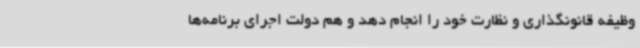
وظیفه قانونگذاری و نظارت خود را انجام دهد و هم دولت اجرای برنامه‌ها